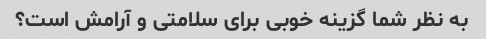
به نظر شما گزینه خوبی برای سلامتی و آرامش است؟